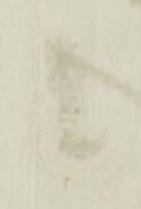
候